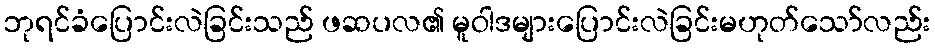
ဘုရင်ခံပြောင်းလဲခြင်းသည် ဖဆပလ၏ မူဝါဒများပြောင်းလဲခြင်းမဟုတ်သော်လည်း